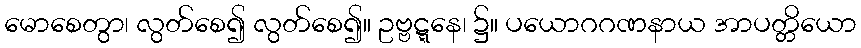
မောစေတွာ၊ လွတ်စေ၍ လွတ်စေ၍။ ဥဗ္ဗဋ္ဋနေ၊ ၌။ ပယောဂဂဏနာယ အာပတ္တိယော